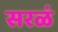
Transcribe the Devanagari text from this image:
सरळं